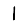
Digit: 1